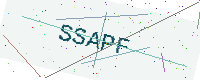
Text: SSAPF